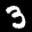
Label: 3